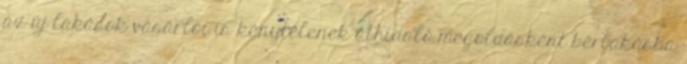
az új lakások vásárlói is kénytelenek áthidaló megoldásként bérlakásba